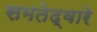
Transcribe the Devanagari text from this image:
समतेद्वारे